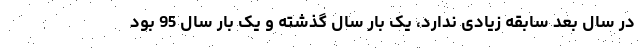
در سال بعد سابقه زیادی ندارد، یک بار سال گذشته و یک بار سال 95 بود